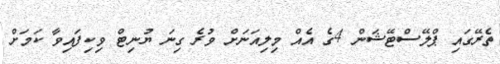
ތެރޭގައި ޕްލޭސްޓޭޝަން 4ގެ އެއް މިލިއަނަށް ވުރެ ގިނަ ޔުނިޓް ވިކިފައިވާ ކަމަށް